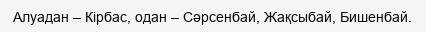
Алуадан – Кірбас, одан – Сәрсенбай, Жақсыбай, Бишенбай.